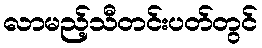
လာမည့်သီတင်းပတ်တွင်